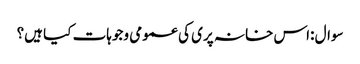
سوال :اس خانہ پری کی عمومی وجوہات کیا ہیں؟